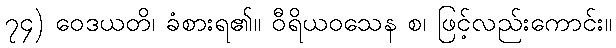
၇၄) ဝေဒယတိ၊ ခံစားရ၏။ ဝီရိယဝသေန စ၊ ဖြင့်လည်းကောင်း။